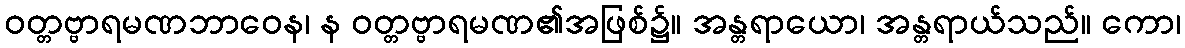
ဝတ္တဗ္ဗာရမဏဘာဝေန၊ န ဝတ္တဗ္ဗာရမဏ၏အဖြစ်၌။ အန္တရာယော၊ အန္တရာယ်သည်။ ကော၊